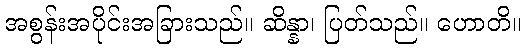
အစွန်းအပိုင်းအခြားသည်။ ဆိန္နာ၊ ပြတ်သည်။ ဟောတိ။